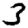
Digit: 3